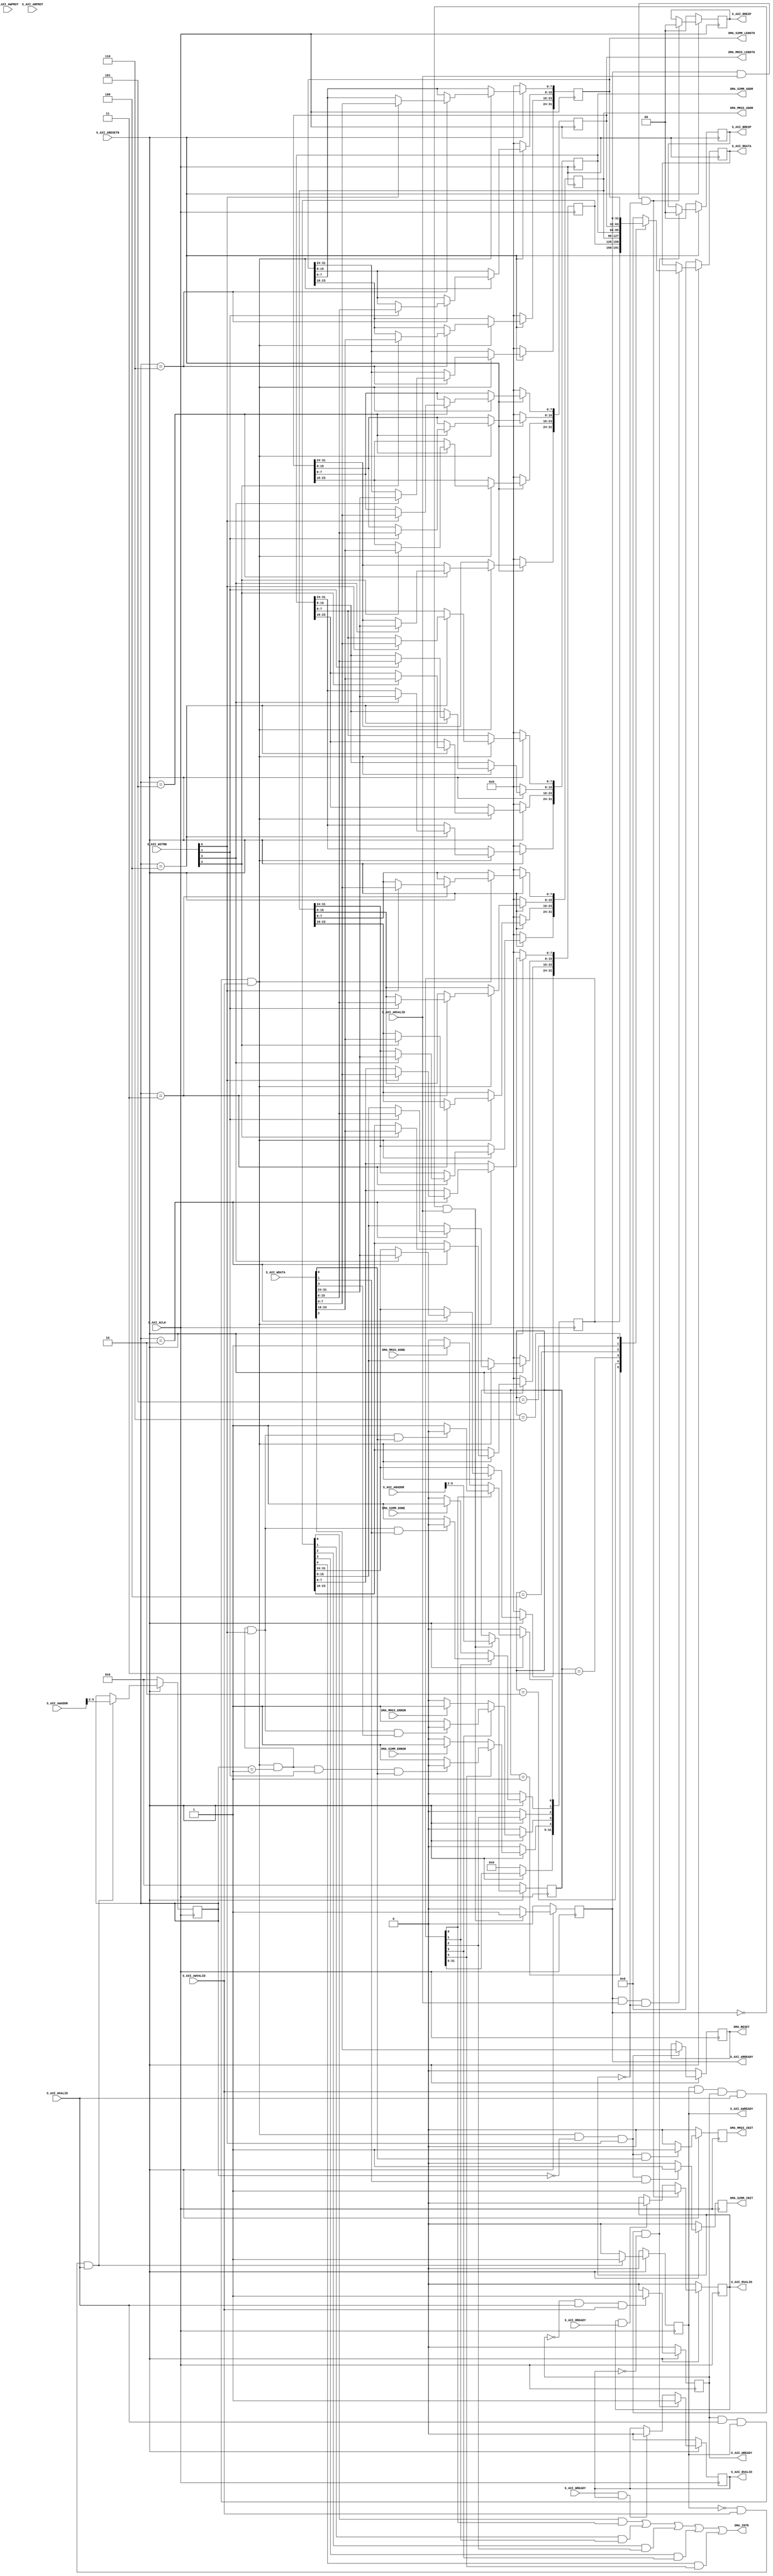
`timescale 1ns / 1ps
//////////////////////////////////////////////////////////////////////////////////
// Company:
// 
// Design Name: 
// Module Name: mdma_axi_lite
// Project Name: mdma
// Target Devices: 7-series
// Tool Versions: 2018.3
// Description: 
// 
// Dependencies: 
// 
// Revision:
// Revision 0.01 - File Created
// Additional Comments:
// License: MIT
//  Copyright (c) 2019 Dmitry Matyunin
//  Permission is hereby granted, free of charge, to any person obtaining a copy
//  of this software and associated documentation files (the "Software"), to deal
//  in the Software without restriction, including without limitation the rights
//  to use, copy, modify, merge, publish, distribute, sublicense, and/or sell
//  copies of the Software, and to permit persons to whom the Software is
//  furnished to do so, subject to the following conditions:
//
//  The above copyright notice and this permission notice shall be included in
//  all copies or substantial portions of the Software.
//
//  THE SOFTWARE IS PROVIDED "AS IS", WITHOUT WARRANTY OF ANY KIND, EXPRESS OR
//  IMPLIED, INCLUDING BUT NOT LIMITED TO THE WARRANTIES OF MERCHANTABILITY
//  FITNESS FOR A PARTICULAR PURPOSE AND NONINFRINGEMENT. IN NO EVENT SHALL THE
//  AUTHORS OR COPYRIGHT HOLDERS BE LIABLE FOR ANY CLAIM, DAMAGES OR OTHER
//  LIABILITY, WHETHER IN AN ACTION OF CONTRACT, TORT OR OTHERWISE, ARISING FROM,
//  OUT OF OR IN CONNECTION WITH THE SOFTWARE OR THE USE OR OTHER DEALINGS IN
//  THE SOFTWARE.
// 
//////////////////////////////////////////////////////////////////////////////////

module mdma_axi_lite #(
	parameter integer C_S_AXI_DATA_WIDTH = 32,
	parameter integer C_S_AXI_ADDR_WIDTH= 6
)
(
	input wire S_AXI_ACLK,
	input wire S_AXI_ARESETN,
	input wire [C_S_AXI_ADDR_WIDTH-1:0]S_AXI_AWADDR,
	input wire [2:0]S_AXI_AWPROT,
	input wire S_AXI_AWVALID,
	output wire S_AXI_AWREADY,
	input wire [C_S_AXI_DATA_WIDTH-1:0]S_AXI_WDATA,
	input wire [(C_S_AXI_DATA_WIDTH/8)-1:0]S_AXI_WSTRB,
	input wire S_AXI_WVALID,
	output wire S_AXI_WREADY,
	output wire [1:0]S_AXI_BRESP,
	output wire S_AXI_BVALID,
	input wire S_AXI_BREADY,
	input wire [C_S_AXI_ADDR_WIDTH-1:0]S_AXI_ARADDR,
	input wire [2:0]S_AXI_ARPROT,
	input wire S_AXI_ARVALID,
	output wire S_AXI_ARREADY,
	output wire [C_S_AXI_DATA_WIDTH-1:0]S_AXI_RDATA,
	output wire [1:0]S_AXI_RRESP,
	output wire S_AXI_RVALID,
	input wire S_AXI_RREADY,
	output wire DMA_MM2S_INIT,
	output wire DMA_S2MM_INIT,
	output wire [C_S_AXI_DATA_WIDTH-1:0]DMA_MM2S_ADDR,
	output wire [C_S_AXI_DATA_WIDTH-1:0]DMA_S2MM_ADDR,
	output wire [C_S_AXI_DATA_WIDTH-1:0]DMA_MM2S_LENGTH,
	output wire [C_S_AXI_DATA_WIDTH-1:0]DMA_S2MM_LENGTH,
	input wire DMA_MM2S_DONE,
	input wire DMA_S2MM_DONE,
	input wire DMA_MM2S_ERROR,
	input wire DMA_S2MM_ERROR,
	output wire DMA_RESET,
	output wire DMA_INTR
);

localparam integer LOC_ADDR_WIDTH = 4;
localparam integer LOC_ADDR_LSB = 2;

localparam DMA_CR_ADDR = 0;
localparam DMA_SR_ADDR = 1;
localparam DMA_IR_ADDR = 2;
localparam DMA_SA_ADDR = 3;
localparam DMA_DA_ADDR = 4;
localparam DMA_SL_ADDR = 5;
localparam DMA_DL_ADDR = 6;

reg [LOC_ADDR_WIDTH-1:0]axi_awaddr;
reg axi_awready;
reg axi_wready;
reg [1:0]axi_bresp;
reg axi_bvalid;
reg [LOC_ADDR_WIDTH-1:0]axi_araddr;
reg axi_arready;
reg [C_S_AXI_DATA_WIDTH-1:0]axi_rdata;
reg [1:0]axi_rresp;
reg axi_rvalid;

wire reg_rden;
wire reg_wren;
reg	[C_S_AXI_DATA_WIDTH-1:0]reg_data_out;
integer byte_index;

reg [C_S_AXI_DATA_WIDTH-1:0]reg_sr;
reg [C_S_AXI_DATA_WIDTH-1:0]reg_ir;
reg [C_S_AXI_DATA_WIDTH-1:0]reg_sa;
reg [C_S_AXI_DATA_WIDTH-1:0]reg_da;
reg [C_S_AXI_DATA_WIDTH-1:0]reg_sl;
reg [C_S_AXI_DATA_WIDTH-1:0]reg_dl;
	
reg dma_init_mm2s;
reg dma_init_s2mm;
reg dma_reset;
	
assign S_AXI_AWREADY = axi_awready;
assign S_AXI_WREADY	= axi_wready;
assign S_AXI_BRESP = axi_bresp;
assign S_AXI_BVALID = axi_bvalid;
assign S_AXI_ARREADY = axi_arready;
assign S_AXI_RDATA = axi_rdata;
assign S_AXI_RRESP = axi_rresp;
assign S_AXI_RVALID = axi_rvalid;
	
assign DMA_MM2S_INIT = dma_init_mm2s;
assign DMA_S2MM_INIT = dma_init_s2mm;
	
assign DMA_MM2S_ADDR = reg_sa;
assign DMA_S2MM_ADDR = reg_da;
assign DMA_MM2S_LENGTH = reg_sl;
assign DMA_S2MM_LENGTH = reg_dl;
assign DMA_INTR = (reg_ir[0] & reg_sr[0]) | 
				  (reg_ir[1] & reg_sr[1]) | 
				  (reg_ir[2] & reg_sr[2]) | 
				  (reg_ir[3] & reg_sr[3]) | 
				  (reg_ir[4] & reg_sr[4]);
assign DMA_RESET = dma_reset;

assign reg_wren = axi_wready & S_AXI_WVALID & axi_awready & S_AXI_AWVALID;
assign reg_rden = axi_arready & S_AXI_ARVALID & ~axi_rvalid;

always @(posedge S_AXI_ACLK) begin
	if (S_AXI_ARESETN == 1'b0) begin
		dma_init_mm2s <= 1'b0;
		dma_init_s2mm <= 1'b0;
		dma_reset <= 1'b0;
	end else begin
		if ((reg_wren == 1'b1) && (axi_awaddr == DMA_CR_ADDR) && (S_AXI_WSTRB[0] == 1'b1) && (S_AXI_WDATA[0] == 1'b1)) begin
			dma_init_mm2s <= 1'b1;
		end else begin
			dma_init_mm2s <= 1'b0;
		end
	
		if ((reg_wren == 1'b1) && (axi_awaddr == DMA_CR_ADDR) && (S_AXI_WSTRB[0] == 1'b1) && (S_AXI_WDATA[1] == 1'b1)) begin
			dma_init_s2mm <= 1'b1;
		end else begin
			dma_init_s2mm <= 1'b0;
		end
		
		if ((reg_wren == 1'b1) && (axi_awaddr == DMA_CR_ADDR) && (S_AXI_WSTRB[0] == 1'b1)) begin
			dma_reset <= S_AXI_WDATA[2];
		end
	end
end

always @(posedge S_AXI_ACLK) begin
	if (S_AXI_ARESETN == 1'b0) begin
		reg_sr <= 0;
	end else begin
		if (reg_sr[0] == 1'b0) begin
			if (DMA_MM2S_DONE == 1'b1) begin
				reg_sr[0] <= 1'b1;
			end
		end else begin
			if ((reg_wren == 1'b1) && (axi_awaddr == DMA_SR_ADDR) && (S_AXI_WSTRB[0] == 1'b1) && (S_AXI_WDATA[0] == 1'b1)) begin
				reg_sr[0] <= 1'b0;
			end
		end
		
		if (reg_sr[1] == 1'b0) begin
			if (DMA_S2MM_DONE == 1'b1) begin
				reg_sr[1] <= 1'b1;
			end
		end else begin
			if ((reg_wren == 1'b1) && (axi_awaddr == DMA_SR_ADDR) && (S_AXI_WSTRB[0] == 1'b1) && (S_AXI_WDATA[1] == 1'b1)) begin
				reg_sr[1] <= 1'b0;
			end
		end
				
		if (reg_sr[3] == 1'b0) begin
			if (DMA_MM2S_ERROR == 1'b1) begin
				reg_sr[3] <= 1'b1;
			end
		end else begin
			if ((reg_wren == 1'b1) && (axi_awaddr == DMA_SR_ADDR) && (S_AXI_WSTRB[0] == 1'b1) && (S_AXI_WDATA[3] == 1'b1)) begin
				reg_sr[3] <= 1'b0;
			end
		end
								
		if (reg_sr[4] == 1'b0) begin
			if (DMA_S2MM_ERROR == 1'b1) begin
				reg_sr[4] <= 1'b1;
			end
		end else begin
			if ((reg_wren == 1'b1) && (axi_awaddr == DMA_SR_ADDR) && (S_AXI_WSTRB[1] == 1'b1) && (S_AXI_WDATA[0] == 1'b1)) begin
				reg_sr[4] <= 1'b0;
			end
		end
	end
end

always @(posedge S_AXI_ACLK) begin
	if (S_AXI_ARESETN == 1'b0) begin
		axi_awready <= 1'b0;
		axi_awaddr <= 0;
		axi_wready <= 1'b0;
	end else begin
		if ((axi_awready == 1'b0) && (S_AXI_AWVALID == 1'b1) && (S_AXI_WVALID == 1'b1)) begin
			axi_awready <= 1'b1;
		end else begin
			axi_awready <= 1'b0;
		end
				
		if ((axi_awready == 1'b0) && (S_AXI_AWVALID == 1'b1) && (S_AXI_WVALID == 1'b1)) begin
			axi_awaddr <= S_AXI_AWADDR[LOC_ADDR_WIDTH+LOC_ADDR_LSB-1:LOC_ADDR_LSB];
		end

		if ((axi_wready == 1'b0) && (S_AXI_WVALID == 1'b1) && (S_AXI_AWVALID == 1'b1)) begin
			axi_wready <= 1'b1;
		end else begin
			axi_wready <= 1'b0;
		end
	end
end

always @(posedge S_AXI_ACLK) begin
	if (S_AXI_ARESETN == 1'b0) begin
		reg_ir <= 0;
		reg_sa <= 0;
		reg_da <= 0;
		reg_sl <= 0;
		reg_dl <= 0;
	end else begin
		if (reg_wren == 1'b1) begin
			case (axi_awaddr)
			DMA_IR_ADDR:
				for (byte_index = 0; byte_index <= C_S_AXI_DATA_WIDTH/8-1; byte_index = byte_index + 1)
					if (S_AXI_WSTRB[byte_index] == 1'b1)
						reg_ir[(byte_index*8) +: 8] <= S_AXI_WDATA[(byte_index*8) +: 8];
			DMA_SA_ADDR:
				for (byte_index = 0; byte_index < C_S_AXI_DATA_WIDTH/8; byte_index = byte_index + 1)
					if (S_AXI_WSTRB[byte_index] == 1'b1)
						reg_sa[(byte_index*8) +: 8] <= S_AXI_WDATA[(byte_index*8) +: 8];
			DMA_DA_ADDR:
				for (byte_index = 0; byte_index < C_S_AXI_DATA_WIDTH/8; byte_index = byte_index + 1)
					if (S_AXI_WSTRB[byte_index] == 1'b1)
						reg_da[(byte_index*8) +: 8] <= S_AXI_WDATA[(byte_index*8) +: 8];
			DMA_SL_ADDR:
				for (byte_index = 0; byte_index < C_S_AXI_DATA_WIDTH/8; byte_index = byte_index + 1)
					if (S_AXI_WSTRB[byte_index] == 1'b1)
						reg_sl[(byte_index*8) +: 8] <= S_AXI_WDATA[(byte_index*8) +: 8];
			DMA_DL_ADDR:
				for (byte_index = 0; byte_index < C_S_AXI_DATA_WIDTH/8; byte_index = byte_index + 1)
					if (S_AXI_WSTRB[byte_index] == 1'b1)
						reg_dl[(byte_index*8) +: 8] <= S_AXI_WDATA[(byte_index*8) +: 8];
			default: begin
				reg_ir <= reg_ir;
				reg_sa <= reg_sa;
				reg_da <= reg_da;
				reg_sl <= reg_sl;
				reg_dl <= reg_dl;
			end endcase
		end
	end
end

always @(posedge S_AXI_ACLK) begin
	if (S_AXI_ARESETN == 1'b0) begin
		axi_bvalid <= 1'b0;
		axi_bresp <= 2'b00;
		axi_arready <= 1'b0;
		axi_araddr <= 0;
		axi_rvalid <= 1'b0;
		axi_rresp <= 2'b00;
	end else begin
		if ((axi_awready == 1'b1) && (S_AXI_AWVALID == 1'b1) && (axi_wready == 1'b1) && (S_AXI_WVALID == 1'b1) && (axi_bvalid == 1'b0)) begin
			axi_bvalid <= 1'b1;
			axi_bresp <= 2'b00;
		end else if ((S_AXI_BREADY == 1'b1) && (axi_bvalid == 1'b1)) begin
			axi_bvalid <= 1'b0;
		end
				
		if ((axi_arready == 1'b0) && (S_AXI_ARVALID == 1'b1)) begin
			axi_arready <= 1'b1;
			axi_araddr <= S_AXI_ARADDR[LOC_ADDR_WIDTH+LOC_ADDR_LSB-1:LOC_ADDR_LSB];
		end else begin
			axi_arready <= 1'b0;
		end

		if ((axi_arready == 1'b1) && (S_AXI_ARVALID == 1'b1) && (axi_rvalid == 1'b0)) begin
			axi_rvalid <= 1'b1;
			axi_rresp <= 2'b00;
		end else if ((axi_rvalid == 1'b1) && (S_AXI_RREADY == 1'b1)) begin
			axi_rvalid <= 1'b0;
		end   
	end
end

always @(*) begin
	case (axi_araddr)
	DMA_SR_ADDR: reg_data_out <= reg_sr;
	DMA_IR_ADDR: reg_data_out <= reg_ir;
	DMA_SA_ADDR: reg_data_out <= reg_sa;
	DMA_DA_ADDR: reg_data_out <= reg_da;
	DMA_SL_ADDR: reg_data_out <= reg_sl;
	DMA_DL_ADDR: reg_data_out <= reg_dl;
	default: reg_data_out <= 0;
	endcase
end
	
always @(posedge S_AXI_ACLK) begin
	if (S_AXI_ARESETN == 1'b0) begin
		axi_rdata <= 0;
	end else begin
		if (reg_rden == 1'b1) begin
			axi_rdata <= reg_data_out;
		end
	end
end

endmodule